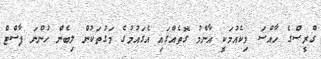
ގްރީސްގެ ހާއްސަ މިކެއުމަކީ އާންމު ގޮތެއްގައި އެގައުމުގެ މަގުތަކުން ލިބެން ހުންނަ ފާސްޓް